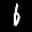
Label: 6